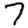
Digit: 7